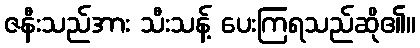
ဇနီးသည်အား သီးသန့် ပေးကြရသည်ဆို၏။